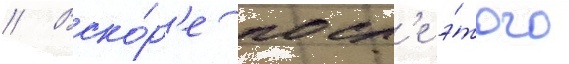
// Вско́р'е посл'е э́того